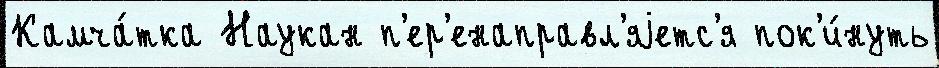
Камча́тка Наукан п'ер'енаправл'яjетс'я пок'и́нуть